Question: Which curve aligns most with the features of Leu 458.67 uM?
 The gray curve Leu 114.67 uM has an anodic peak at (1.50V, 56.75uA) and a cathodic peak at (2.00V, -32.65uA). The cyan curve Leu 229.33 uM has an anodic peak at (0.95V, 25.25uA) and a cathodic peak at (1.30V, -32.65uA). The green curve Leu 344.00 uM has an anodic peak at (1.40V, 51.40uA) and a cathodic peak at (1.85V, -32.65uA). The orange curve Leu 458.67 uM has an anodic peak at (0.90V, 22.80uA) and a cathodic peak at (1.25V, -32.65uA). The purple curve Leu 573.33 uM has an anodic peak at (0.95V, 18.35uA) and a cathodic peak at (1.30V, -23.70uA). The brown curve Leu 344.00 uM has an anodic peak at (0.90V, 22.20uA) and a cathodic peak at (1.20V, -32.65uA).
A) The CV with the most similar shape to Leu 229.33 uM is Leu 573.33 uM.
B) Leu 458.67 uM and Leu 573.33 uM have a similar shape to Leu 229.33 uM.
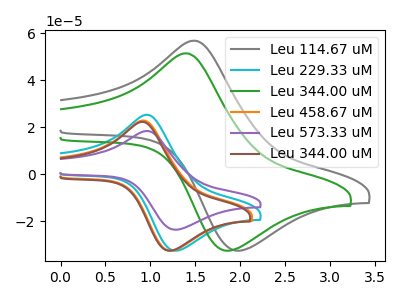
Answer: <think>"Leu 114.67 uM" and "Leu 229.33 uM" have at least one peak that do not match. "Leu 114.67 uM" and "Leu 344.00 uM" have at least one peak that do not match. "Leu 114.67 uM" and "Leu 458.67 uM" have at least one peak that do not match. "Leu 114.67 uM" and "Leu 573.33 uM" have at least one peak that do not match. "Leu 114.67 uM" and "Leu 344.00 uM" have at least one peak that do not match. "Leu 229.33 uM" and "Leu 344.00 uM" have at least one peak that do not match. All the peaks in "Leu 229.33 uM" have a peak in "Leu 458.67 uM" at the same potential. All the peaks in "Leu 229.33 uM" have a peak in "Leu 573.33 uM" at the same potential. Every peak in "Leu 229.33 uM" is higher than every peak in "Leu 573.33 uM". "Leu 229.33 uM" and "Leu 344.00 uM" have at least one peak that do not match. "Leu 344.00 uM" and "Leu 458.67 uM" have at least one peak that do not match. "Leu 344.00 uM" and "Leu 573.33 uM" have at least one peak that do not match. "Leu 344.00 uM" and "Leu 344.00 uM" have at least one peak that do not match. All the peaks in "Leu 458.67 uM" have a peak in "Leu 573.33 uM" at the same potential. Every peak in "Leu 458.67 uM" is higher than every peak in "Leu 573.33 uM". All the peaks in "Leu 458.67 uM" have a peak in "Leu 344.00 uM" at the same potential. "Leu 573.33 uM" and "Leu 344.00 uM" have at least one peak that do not match.
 </think>
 <answer>B) "Leu 458.67 uM" and "Leu 573.33 uM" have a similar shape to "Leu 229.33 uM".</answer>
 <eval>B</eval>